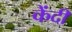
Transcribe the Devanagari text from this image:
केंदी